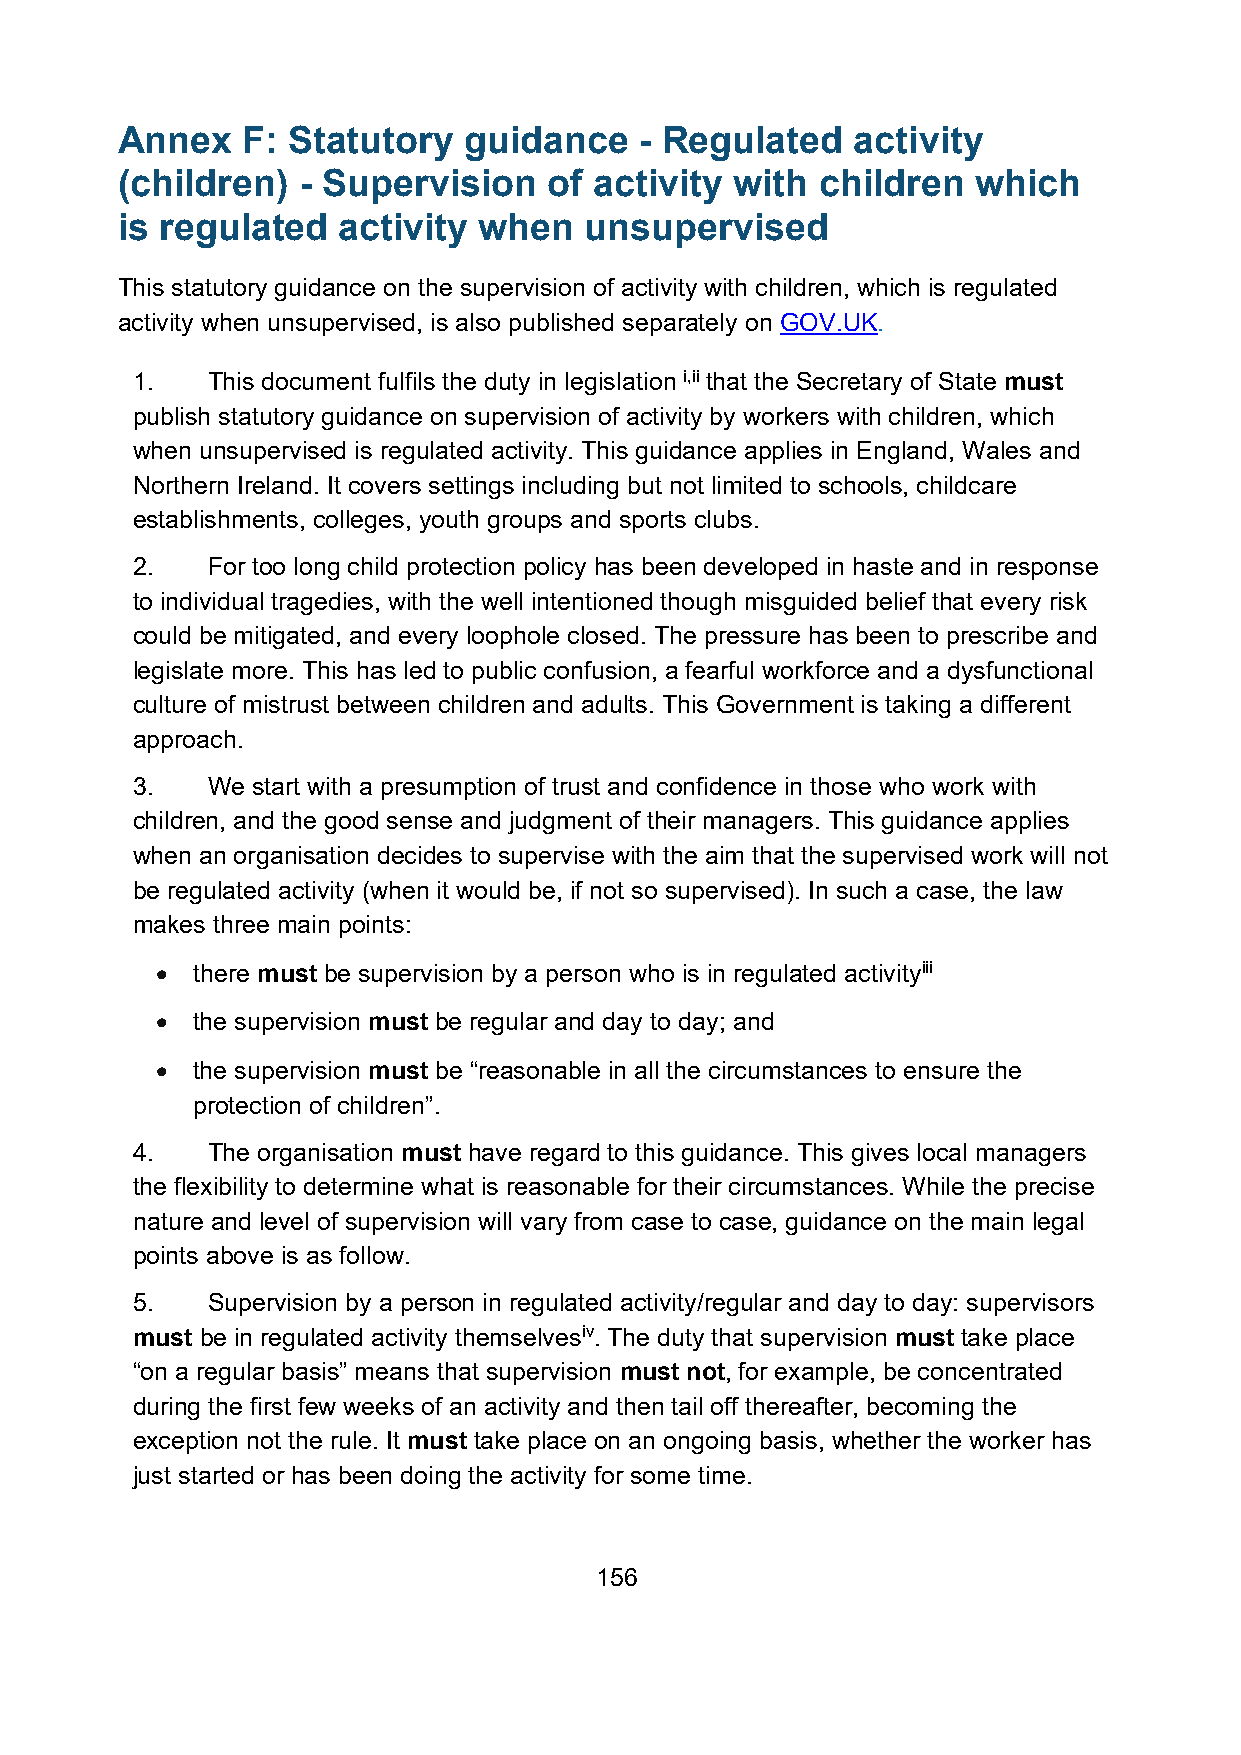
Annex   F: Statutory   guidance   - Regulated    activity
 (children)  - Supervision   of activity  with children   which
 is regulated  activity  when   unsupervised
 This statutory guidance on the supervision of activity with children, which is regulated
 activity when unsupervised, is also published separately on GOV.UK.
 1.   This document fulfils the duty in legislation i,ii that the Secretary of State must
 publish statutory guidance on supervision of activity by workers with children, which
 when unsupervised is regulated activity. This guidance applies in England, Wales and
 Northern Ireland. It covers settings including but not limited to schools, childcare
 establishments, colleges, youth groups and sports clubs.
 2.   For too long child protection policy has been developed in haste and in response
 to individual tragedies, with the well intentioned though misguided belief that every risk
 could be mitigated, and every loophole closed. The pressure has been to prescribe and
 legislate more. This has led to public confusion, a fearful workforce and a dysfunctional
 culture of mistrust between children and adults. This Government is taking a different
 approach.
 3.   We start with a presumption of trust and confidence in those who work with
 children, and the good sense and judgment of their managers. This guidance applies
 when an organisation decides to supervise with the aim that the supervised work will not
 be regulated activity (when it would be, if not so supervised). In such a case, the law
 makes three main points:
 •  there must be supervision by a person who is in regulated activityiii
 •  the supervision must be regular and day to day; and
 •  the supervision must be “reasonable in all the circumstances to ensure the
 protection of children”.
 4.   The organisation must have regard to this guidance. This gives local managers
 the flexibility to determine what is reasonable for their circumstances. While the precise
 nature and level of supervision will vary from case to case, guidance on the main legal
 points above is as follow.
 5.   Supervision by a person in regulated activity/regular and day to day: supervisors
 must be in regulated activity themselvesiv. The duty that supervision must take place
 “on a regular basis” means that supervision must not, for example, be concentrated
 during the first few weeks of an activity and then tail off thereafter, becoming the
 exception not the rule. It must take place on an ongoing basis, whether the worker has
 just started or has been doing the activity for some time.
 156